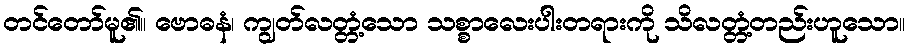
တင်တော်မူ၏။ ဗောဓနံ၊ ကျွတ်လတ္တံ့သော သစ္စာလေးပါးတရားကို သိလတ္တံ့တည်းဟူသော။